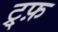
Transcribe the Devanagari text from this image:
ट्र्फ़